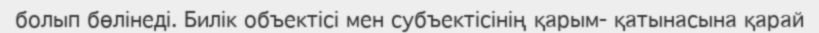
болып бөлінеді. Билік объектісі мен субъектісінің қарым- қатынасына қарай